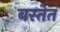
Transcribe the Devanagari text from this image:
बस्तेत